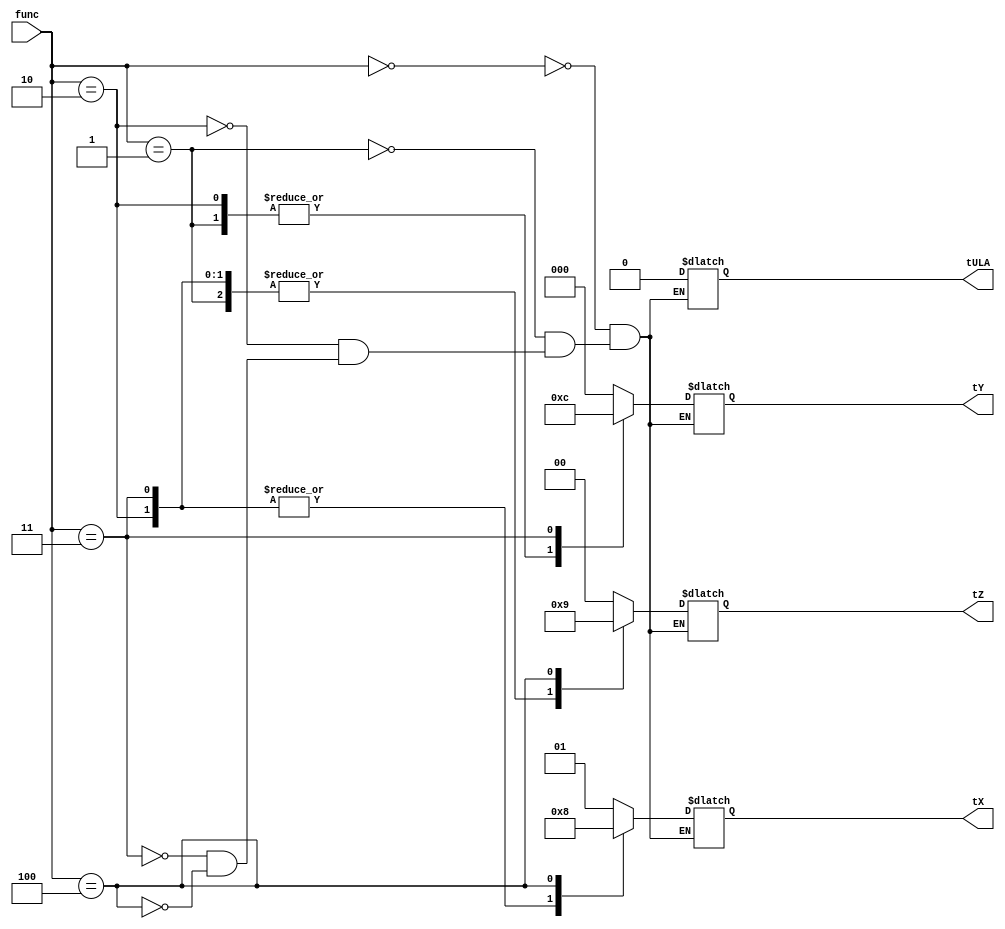
module Controller(func, tX, tY, tZ, tULA);

input wire [3:0] func;
output reg [1:0] tX;
output reg [2:0] tY;
output reg [1:0] tZ;
output reg tULA;

parameter CLEARXZ = 2'b00;
parameter LOADXZ = 2'b01;
parameter HOLDXZ = 2'b10;

parameter CLEARY = 3'b000;
parameter LOADY = 3'b001;
parameter HOLDY = 3'b010;
parameter SLY = 3'b011;
parameter SRY = 3'b100;

parameter ADDULA = 1'b0;
parameter SUBULA = 1'b1;

always begin
	case(func)
		4'b0000:
			begin
				tX <= LOADXZ;
				tY <= CLEARY;
				tZ <= CLEARXZ;
				tULA <= ADDULA;
			end
		4'b0001:
			begin
				tX <= LOADXZ;
				tY <= LOADY;
				tZ <= HOLDXZ;
				tULA <= ADDULA;
			end
		4'b0010:
			begin
				tX <= HOLDXZ;
				tY <= LOADY;
				tZ <= HOLDXZ;
				tULA <= ADDULA;
			end
		4'b0011:
			begin
				tX <= HOLDXZ;
				tY <= SRY;
				tZ <= HOLDXZ;
				tULA <= ADDULA;
			end
		4'b0100:
			begin
				tX <= CLEARXZ;
				tY <= CLEARY;
				tZ <= LOADXZ;
				tULA <= ADDULA;
			end
	endcase
end

endmodule